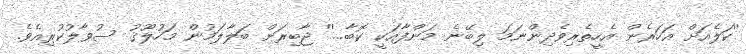
''ކަލެއަށް އަހަރެން އެހީތެރިވެދިންނަމަ ލިބޭނެ މަންފާއަކީ ކޮބާ...'' ޖާބިރަށް ބަލާލަމުން މަހުލޫޤު ސުވާލުކުރިއެވެ.